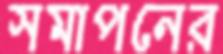
সমাপনের